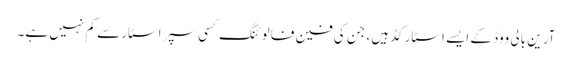
آرین بالی ووڈ کے ایسے اسٹارکڈ ہیں ، جن کی فین فالوئنگ کسی سپراسٹار سے کم نہیں ہے۔